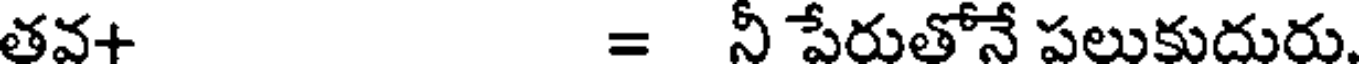
తవ+ = నీ పేరుతోనే పలుకుదురు.